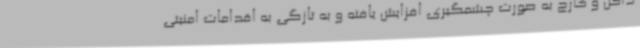
داخل و خارج به صورت چشمگیری افزایش یافته و به تازگی به اقدامات امنیتی